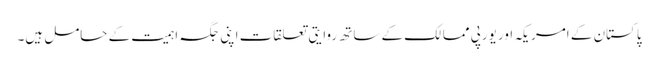
پاکستان کے امریکہ اور یورپی ممالک کے ساتھ روایتی تعلقات اپنی جگہ اہمیت کے حامل ہیں۔